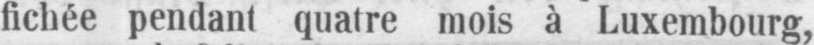
fichée pendant quatre mois à Luxembourg,